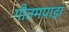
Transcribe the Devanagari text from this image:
गौतमपाड़ा